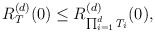
\begin{align*}R^{(d)}_T(0)\leq R^{(d)}_{\prod_{i=1}^dT_i}(0),\end{align*}